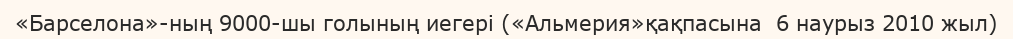
«Барселона»-ның 9000-шы голының иегері («Альмерия»қақпасына  6 наурыз 2010 жыл)